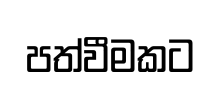
පත්වීමකට